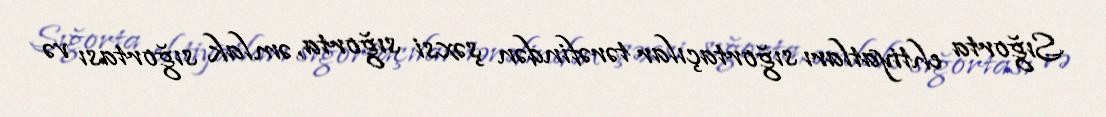
Sığorta ehtiyatları sığortaçılar tərəfindən şəxsi sığorta, əmlak sığortası və